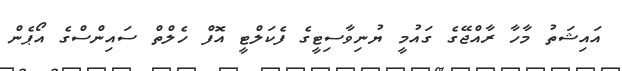
އައިޝަތު މާހާ ރާއްޖޭގެ ގައުމީ ޔުނިވާސިޓީގެ ފެކަލްޓީ އޮފް ހެލްތް ސައިންސްގެ އޯޕެން